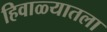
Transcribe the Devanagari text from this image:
हिवाळ्यातला